system: You are a helpful assistant.
user:
Analyze the provided spectrum to determine if it is a **"Cataclysmic Variables (CV)"**.

- **Key Indicators for CV (Check for either state):**
    - **State 1: Quiescent / Low-State (Emission-Dominated)**
        - **(Primary):** Strong and *very broad* Hydrogen Balmer emission lines (e.g., $H\alpha$ at 6563 Å, $H\beta$ at 4861 Å). The 'broadness' (high velocity dispersion, often FWHM > 1000 km/s) is the key diagnostic, indicating a high-velocity accretion disk.
        - **(Secondary):** Broad neutral Helium (He I) emission lines (e.g., 5876 Å, 6678 Å).
        - **(Key Confirmation):** Presence of high-excitation *ionized* Helium (He II) emission at 4686 Å. This is a strong indicator of accretion onto a white dwarf.
        - **(Line Profile):** Emission lines may exhibit a 'double-peaked' profile, which is a classic signature of a rotating accretion disk viewed at high inclination.

    - **State 2: Outburst / High-State (Absorption-Dominated)**
        - **(Primary):** Spectrum is dominated by a bright, blue continuum (looks like a hot star).
        - **(Secondary):** The emission lines from State 1 are weak, absent, or 'filled in', and are replaced by broad, shallow *absorption* lines (primarily Balmer and He I).
        - **(Morphology):** The overall spectrum mimics a hot B/A-type star. The crucial difference is that the absorption lines are significantly broader, shallower, and more 'washed-out' (or 'smeared') than the sharp lines of a normal stellar photosphere, due to high rotational speeds and pressure broadening in the disk.

Think first, call **spectral_visualization_tool** if needed to examine features in detail, then provide your final answer. Your response must adhere to the following strict rules:
1.  **Overall Structure:** Your response must follow the format `<think>...</think> <tool_call>...</tool_call> (if a tool is used) <answer>...</answer>`.
2.  **Tool Usage Constraint:** You may only make **one** tool call per turn.
3.  **Final Answer Format:** In the `<answer>` tag, your conclusion must be inside a `\boxed{}` command (e.g., `\boxed{YES}`), followed by your justification.

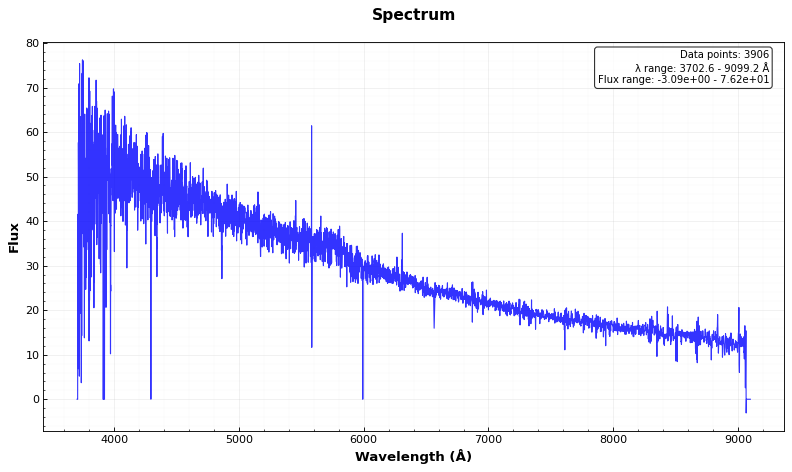
Answer: NO